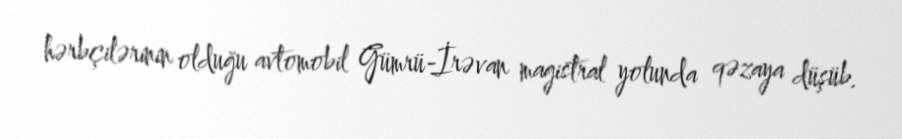
hərbçilərinin olduğu avtomobil Gümrü-İrəvan magistral yolunda qəzaya düşüb.